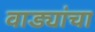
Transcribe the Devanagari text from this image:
वाड्यांचा